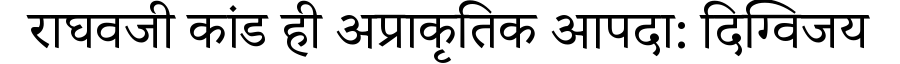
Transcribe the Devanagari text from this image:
राघवजी कांड ही अप्राकृतिक आपदा: दिग्विजय